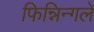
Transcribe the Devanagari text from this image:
फिन्निन्गले